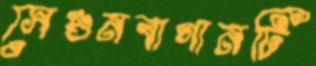
সেগুনবাগানটি